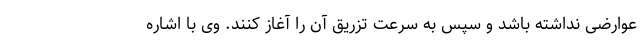
عوارضی نداشته باشد و سپس به سرعت تزریق آن را آغاز کنند. وی با اشاره